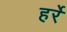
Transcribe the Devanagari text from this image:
हर्रे